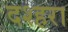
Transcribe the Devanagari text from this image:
दश्हरा